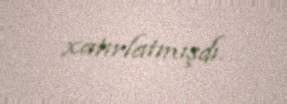
xatırlatmışdı.